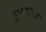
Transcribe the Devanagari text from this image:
सुश्रावक